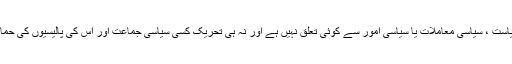
تحریک دعوتِ فقر کا سیاست ، سیاسی معاملات یا سیاسی امور سے کوئی تعلق نہیں ہے اور نہ ہی تحریک کسی سیاسی جماعت اور اس کی پالیسیوں کی حمایت یا مخالفت کرے گی۔